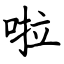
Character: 啦